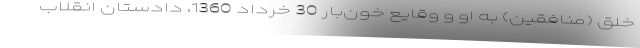
خلق (منافقین) به او و وقایع خون‌بار 30 خرداد 1360، دادستان انقلاب